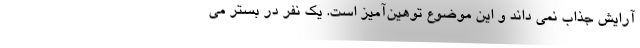
آرایش جذاب نمی داند و این موضوع توهین‌آمیز است. یک نفر در بستر می